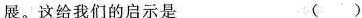
展。这给我们的启示是 ( )